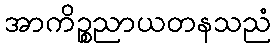
အာကိဉ္စညာယတနသညံ